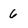
Character: 6